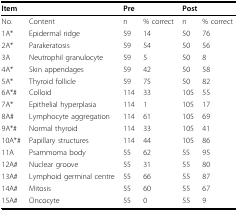
<table><thead><tr><td colspan="2"><b>Item</b></td><td colspan="2"><b>Pre</b></td><td colspan="2"><b>Post</b></td></tr></thead><tbody><tr><td>No.</td><td>Content</td><td>n</td><td>% correct</td><td>n</td><td>% correct</td></tr><tr><td>1A*</td><td>Epidermal ridge</td><td>59</td><td>14</td><td>50</td><td>76</td></tr><tr><td>2A*</td><td>Parakeratosis</td><td>59</td><td>54</td><td>50</td><td>56</td></tr><tr><td>3A</td><td>Neutrophil granulocyte</td><td>59</td><td>5</td><td>50</td><td>8</td></tr><tr><td>4A*</td><td>Skin appendages</td><td>59</td><td>42</td><td>50</td><td>58</td></tr><tr><td>5A*</td><td>Thyroid follicle</td><td>59</td><td>75</td><td>50</td><td>82</td></tr><tr><td>6A*#</td><td>Colloid</td><td>114</td><td>33</td><td>105</td><td>55</td></tr><tr><td>7A*</td><td>Epithelial hyperplasia</td><td>114</td><td>1</td><td>105</td><td>17</td></tr><tr><td>8A#</td><td>Lymphocyte aggregation</td><td>114</td><td>61</td><td>105</td><td>69</td></tr><tr><td>9A*#</td><td>Normal thyroid</td><td>114</td><td>33</td><td>105</td><td>41</td></tr><tr><td>10A*#</td><td>Papillary structures</td><td>114</td><td>44</td><td>105</td><td>86</td></tr><tr><td>11A</td><td>Psammoma body</td><td>55</td><td>62</td><td>55</td><td>95</td></tr><tr><td>12A#</td><td>Nuclear groove</td><td>55</td><td>31</td><td>55</td><td>80</td></tr><tr><td>13A#</td><td>Lymphoid germinal centre</td><td>55</td><td>66</td><td>55</td><td>87</td></tr><tr><td>14A#</td><td>Mitosis</td><td>55</td><td>60</td><td>55</td><td>67</td></tr><tr><td>15A#</td><td>Oncocyte</td><td>55</td><td>0</td><td>55</td><td>9</td></tr></tbody></table>